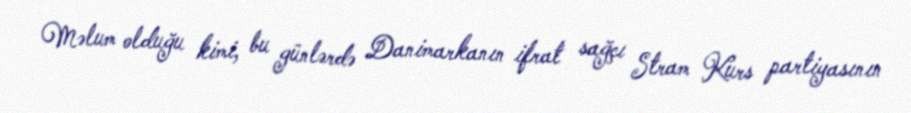
Məlum olduğu kimi, bu günlərdə Danimarkanın ifrat sağçı Stram Kurs partiyasının